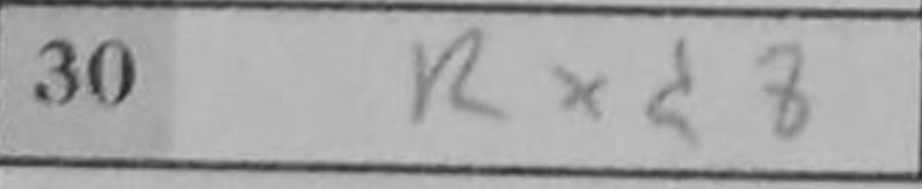
Transcription: Rxd8